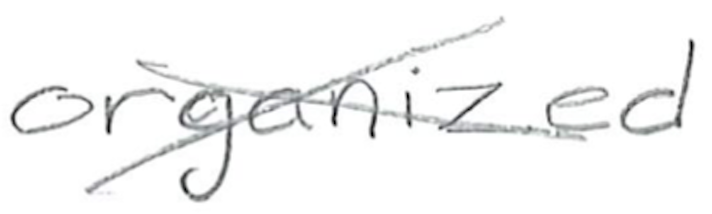
Text: organized
Cross-out: cross
Writing tool: pencil